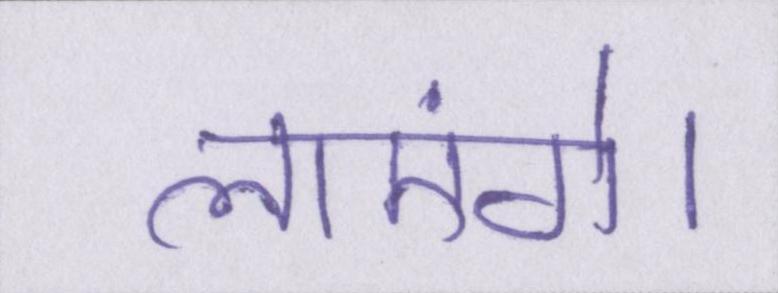
लाएंगे।